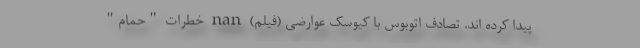
پیدا کرده اند. تصادف اتوبوس با کیوسک عوارضی (فیلم) nan خطرات "حمام"